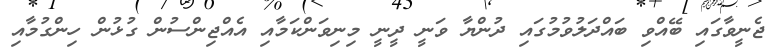
ޖެނީވާގައި ބޭއްވި ބައްދަލުވުމުގައި ދުންޔާ ވަނީ ދީނީ މިނިވަންކަމާއި އެއްޖިންސުން ގުޅުން ހިންގުމާއި